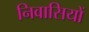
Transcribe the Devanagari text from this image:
निवासियों